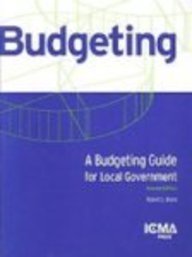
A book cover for A Budgeting Guide for Local Government (Municipal Management Series); Robert L. Bland; Business & Money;